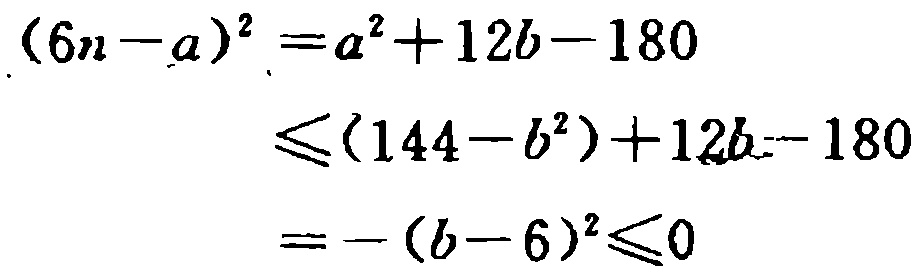
\[

\begin{align*}

(6n - a)^2&=a^2 + 12b - 180\\

&\leq(144 - b^2)+12b - 180\\

&=-(b - 6)^2\leq0

\end{align*}

\]